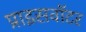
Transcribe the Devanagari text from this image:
प्राइसवॉटर